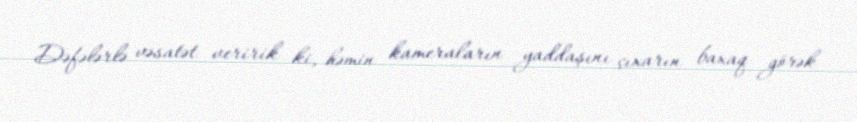
Dəfələrlə vəsatət veririk ki, həmin kameraların yaddaşını çıxarın baxaq görək